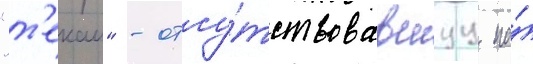
"т'екаи" - отсу́тствовавшуу на́